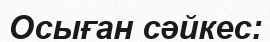
Осыған сәйкес: